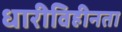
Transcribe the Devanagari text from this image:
धारीविहीनता